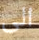
الى